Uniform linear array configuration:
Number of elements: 64
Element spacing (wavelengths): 0.5
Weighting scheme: hann
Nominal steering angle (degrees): -45
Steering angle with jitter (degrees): -43.129
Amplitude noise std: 0.05
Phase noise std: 0.05

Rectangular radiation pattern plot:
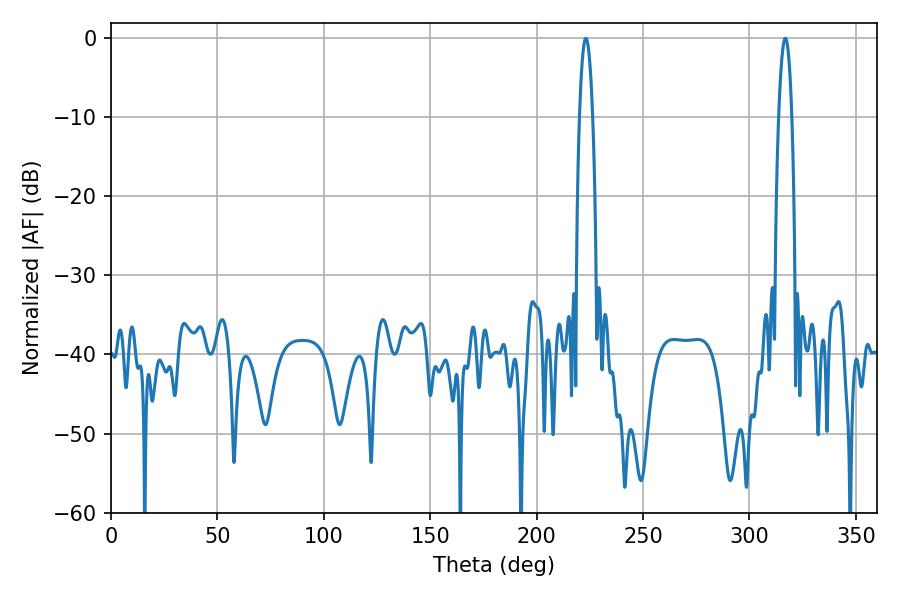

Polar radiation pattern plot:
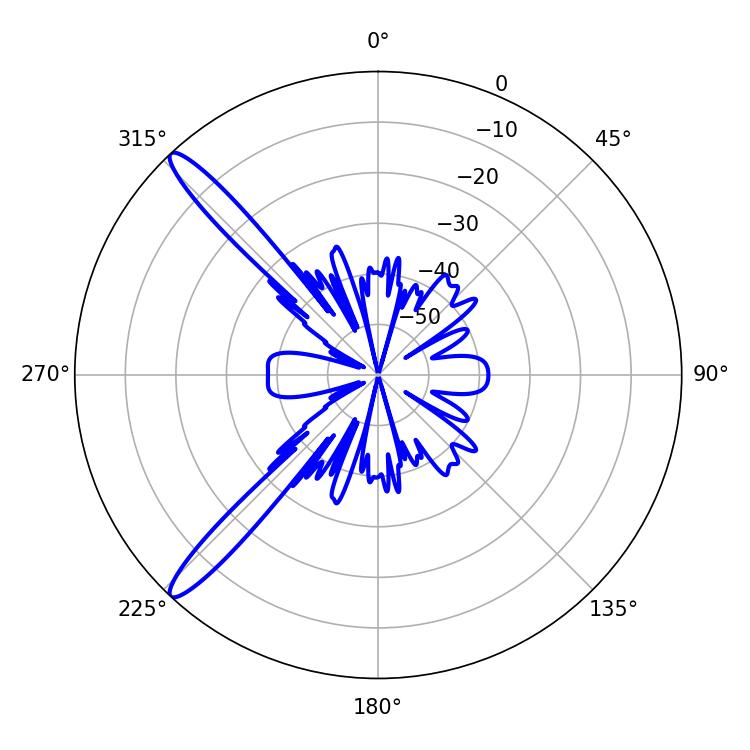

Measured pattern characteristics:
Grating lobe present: FALSE
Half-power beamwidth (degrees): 3.42
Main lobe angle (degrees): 316.8